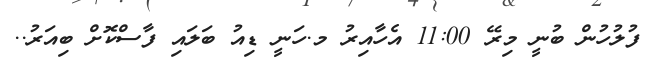
ފުލުހުން ބުނީ މިރޭ 11:00 އެހާއިރު މ.ހަނީ ޑިއު ބަލައި ފާސްކޮށް ބިއަރު..